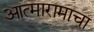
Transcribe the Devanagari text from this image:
आत्मारामाचा